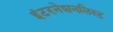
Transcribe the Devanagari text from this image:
इंटरनेशनलिस्ट